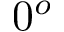
0 ^ { o }